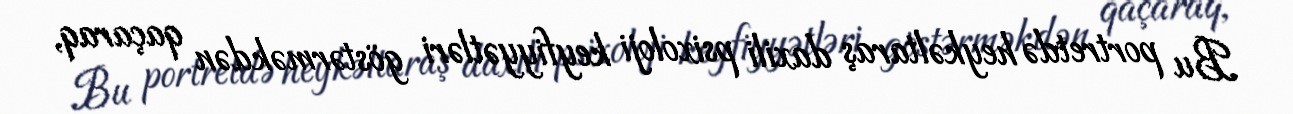
Bu portretdə heykəltaraş daxili psixoloji keyfiyyətləri göstərməkdən qaçaraq,